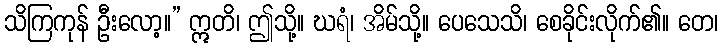
သိကြကုန် ဦးလော့။” ဣတိ၊ ဤသို့။ ဃရံ၊ အိမ်သို့။ ပေသေသိ၊ စေခိုင်းလိုက်၏။ တေ၊